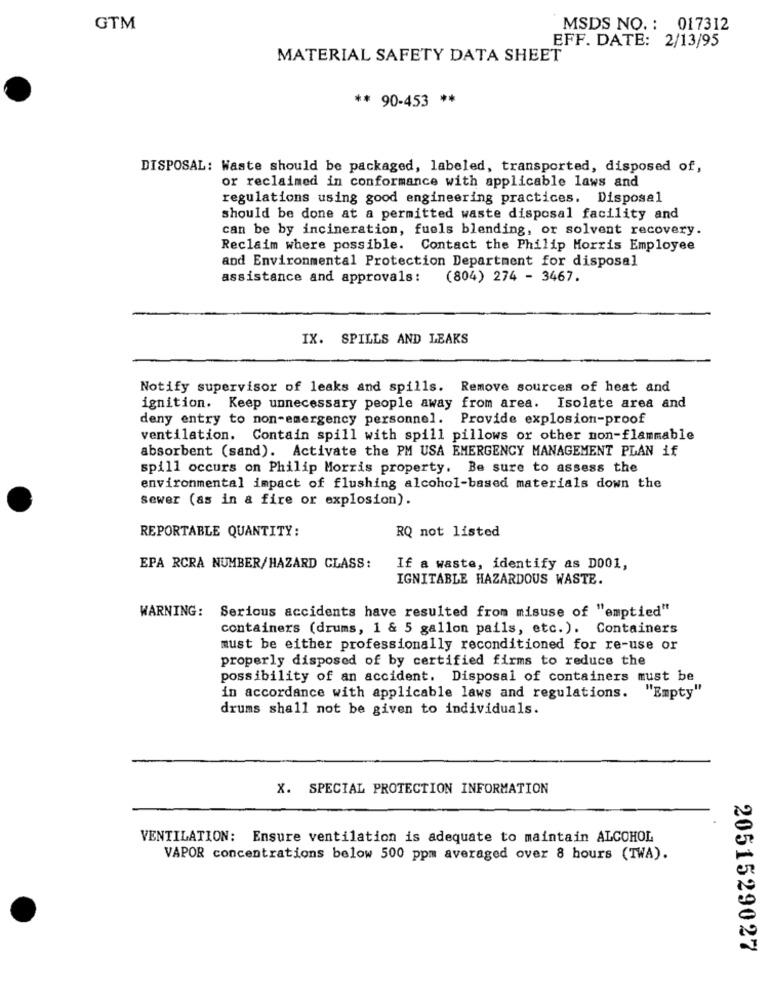
GTM
MSDS NO. : 017312
EFF. DATE: 2/13/95
MATERIAL SAFETY DATA SHEET
** 90-453 **
DISPOSAL: Waste should be packaged, labeled, transported, disposed of,
or reclaimed in conformance with applicable laws and
regulations using good engineering practices. Disposal
should be done at a permitted waste disposal facility and
can be by incineration, fuels blending, or solvent recovery.
Reclaim where possible. Contact the Philip Morris Employee
and Environmental Protection Department for disposal
assistance and approvals: (804) 274 - 3467.
IX. SPILLS AND LEAKS
Notify supervisor of leaks and spills. Remove sources of heat and
ignition. Keep unnecessary people away from area. Isolate area and
deny entry to non-emergency personnel. Provide explosion-proof
ventilation. Contain spill with spill pillows or other non-flammable
absorbent (sand). Activate the PM USA EMERGENCY MANAGEMENT PLAN if
spill occurs on Philip Morris property. Be sure to assess the
environmental impact of flushing alcohol-based materials down the
sewer (as in a fire or explosion).
REPORTABLE QUANTITY:
RQ not listed
EPA RCRA NUMBER/HAZARD CLASS:
If a waste, identify as D001,
IGNITABLE HAZARDOUS WASTE.
WARNING: Serious accidents have resulted from misuse of "emptied"
containers (drums, 1 & 5 gallon pails, etc.). Containers
must be either professionally reconditioned for re-use or
properly disposed of by certified firms to reduce the
possibility of an accident. Disposal of containers must be
in accordance with applicable laws and regulations. "Empty"
drums shall not be given to individuals.
X. SPECIAL PROTECTION INFORMATION
VENTILATION: Ensure ventilation is adequate to maintain ALCOHOL
VAPOR concentrations below 500 ppm averaged over 8 hours (TWA).
2051529027